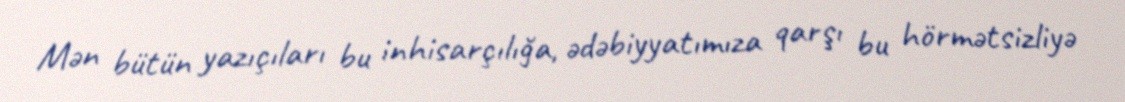
Mən bütün yazıçıları bu inhisarçılığa, ədəbiyyatımıza qarşı bu hörmətsizliyə